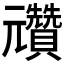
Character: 𠓕